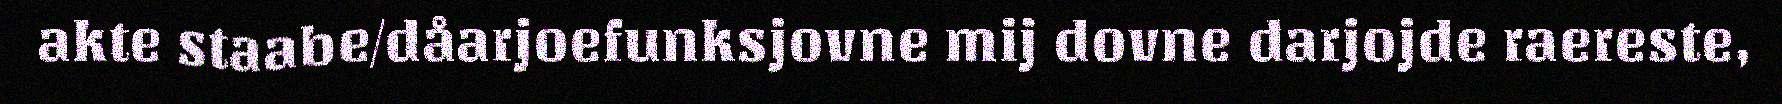
akte staabe/dåarjoefunksjovne mij dovne darjojde raereste,